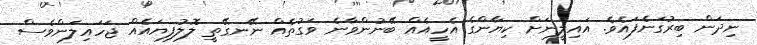
ނިދަން ބިރުގަނެފައެވެ. އައިލީނަށް ކިޔާންގެ އެހީއެއް ބޭނުންވާނެ ވަގުތެއް ނޭނގޭތީ ލޮލުފިޔައެއް ޖަހައިލަންވެސް